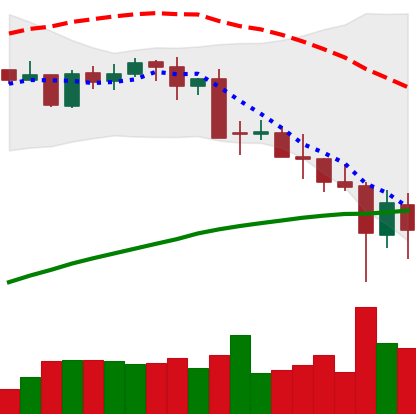
Ticker: BTC-USD
Chart end date: 2021-05-21
Forward return: 5.333%
Label: up_5_7